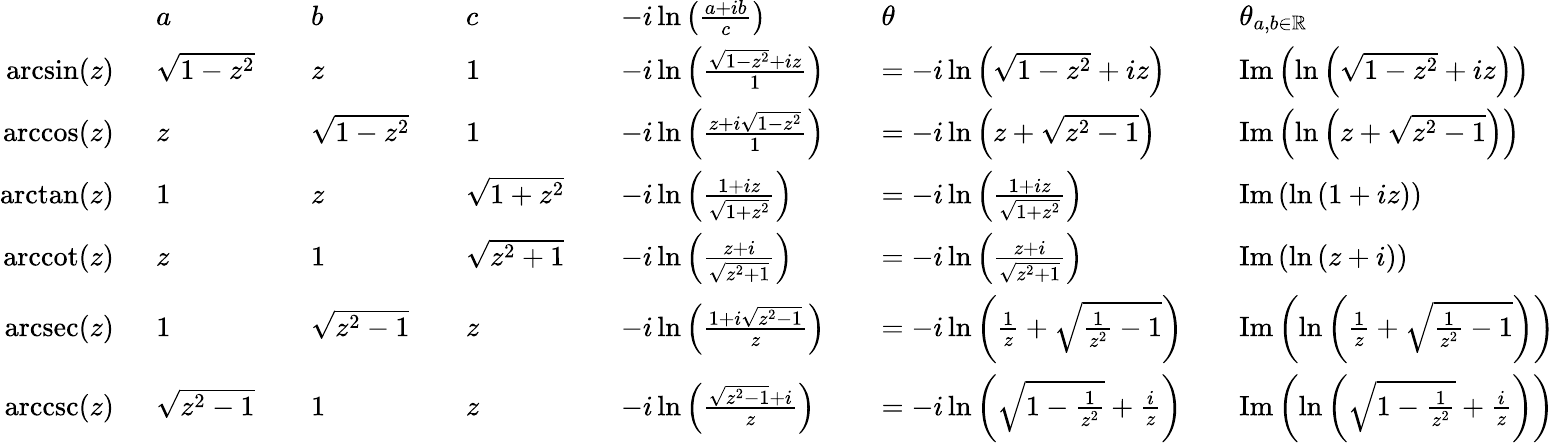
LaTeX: {\begin{array}{rlrlrlrlrlrl}&{a}&&{b}&&{c}&&{-i\ln\left({\frac{a+ib}{c}}\right)}&&{\theta}&&{\theta_{a,b\in\mathbb{R}}}\\ {\arcsin(z)\ \ }&{{\sqrt{1-z^{2}}}}&&{z}&&{1}&&{-i\ln\left({\frac{{\sqrt{1-z^{2}}}+iz}{1}}\right)}&&{=-i\ln\left({\sqrt{1-z^{2}}}+iz\right)}&&{\operatorname{Im}\left(\ln\left({\sqrt{1-z^{2}}}+iz\right)\right)}\\ {\operatorname{arccos}(z)\ \ }&{z}&&{{\sqrt{1-z^{2}}}}&&{1}&&{-i\ln\left({\frac{z+i{\sqrt{1-z^{2}}}}{1}}\right)}&&{=-i\ln\left(z+{\sqrt{z^{2}-1}}\right)}&&{\operatorname{Im}\left(\ln\left(z+{\sqrt{z^{2}-1}}\right)\right)}\\ {\arctan(z)\ \ }&{1}&&{z}&&{{\sqrt{1+z^{2}}}}&&{-i\ln\left({\frac{1+iz}{\sqrt{1+z^{2}}}}\right)}&&{=-i\ln\left({\frac{1+iz}{\sqrt{1+z^{2}}}}\right)}&&{\operatorname{Im}\left(\ln\left(1+iz\right)\right)}\\ {\operatorname{arccot}(z)\ \ }&{z}&&{1}&&{{\sqrt{z^{2}+1}}}&&{-i\ln\left({\frac{z+i}{\sqrt{z^{2}+1}}}\right)}&&{=-i\ln\left({\frac{z+i}{\sqrt{z^{2}+1}}}\right)}&&{\operatorname{Im}\left(\ln\left(z+i\right)\right)}\\ {\operatorname{arcsec}(z)\ \ }&{1}&&{{\sqrt{z^{2}-1}}}&&{z}&&{-i\ln\left({\frac{1+i{\sqrt{z^{2}-1}}}{z}}\right)}&&{=-i\ln\left({\frac{1}{z}}+{\sqrt{{\frac{1}{z^{2}}}-1}}\right)}&&{\operatorname{Im}\left(\ln\left({\frac{1}{z}}+{\sqrt{{\frac{1}{z^{2}}}-1}}\right)\right)}\\ {\operatorname{arccsc}(z)\ \ }&{{\sqrt{z^{2}-1}}}&&{1}&&{z}&&{-i\ln\left({\frac{{\sqrt{z^{2}-1}}+i}{z}}\right)}&&{=-i\ln\left({\sqrt{1-{\frac{1}{z^{2}}}}}+{\frac{i}{z}}\right)}&&{\operatorname{Im}\left(\ln\left({\sqrt{1-{\frac{1}{z^{2}}}}}+{\frac{i}{z}}\right)\right)}\end{array}}